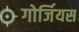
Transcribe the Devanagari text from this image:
गोर्जियस